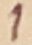
Text: 1